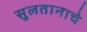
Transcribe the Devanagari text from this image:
सुलतानाचे